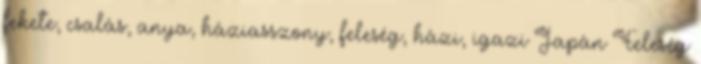
fekete, csalás, anya, háziasszony, feleség, házi, igazi Japán Feleség